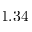
1 . 3 4